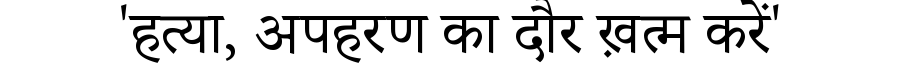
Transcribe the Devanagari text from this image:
'हत्या, अपहरण का दौर ख़त्म करें'